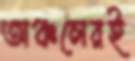
অঞ্চলেরই